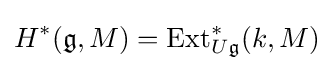
H^{*}({\mathfrak {g}},M)=\operatorname {Ext} _{U{\mathfrak {g}}}^{*}(k,M)